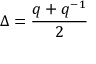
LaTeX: \Delta = \frac { q + q ^ { - 1 } } { 2 }